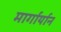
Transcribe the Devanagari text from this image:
मार्गार्यान